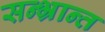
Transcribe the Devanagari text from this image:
सन्भ्रान्त